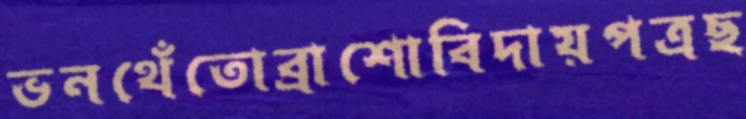
ভনথেঁতোব্রাশোবিদায়পত্রছ